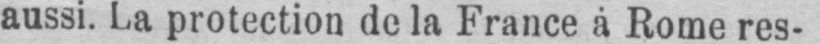
aussi. La protection de la France à Rome res-